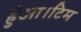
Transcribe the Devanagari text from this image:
हैुआ।टिम